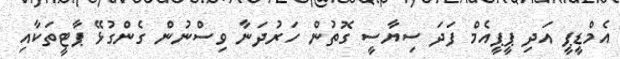
އެމްޑީޕީ އަދި ޕީޕީއެމް ފަދަ ސިޔާސީ ގޮތުން ހަރުދަނާ ވިސްނުން ގެންގުޅޭ ޕާޓީތަކާއި